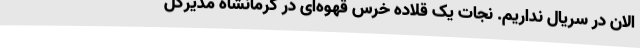
الان در سریال نداریم. نجات یک قلاده خرس قهوه‌ای در کرمانشاه مدیرکل